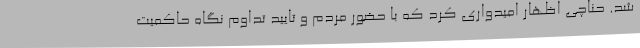
شد. حناچی اظهار امیدواری کرد که با حضور مردم و تایید تداوم نگاه حاکمیت